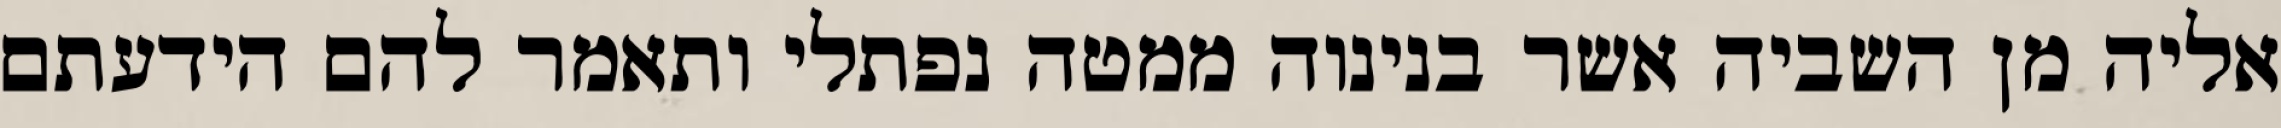
אליה מן השביה אשר בנינוה ממטה נפתלי ותאמר להם הידעתם